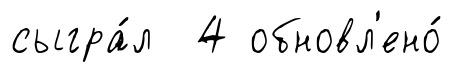
сыгра́л 4 обновл'ено́